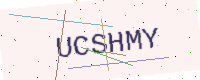
Text: UCSHMY